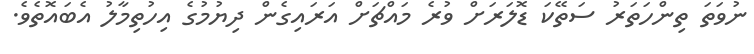
ނުވަތަ ތިންހަތަރު ސަތޭކަ ޑޮލަރަށް ވުރެ މައްޗަށް އަރައިގެން ދިޔުމުގެ އިހުތިމާލު އެބައޮތެވެ.